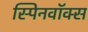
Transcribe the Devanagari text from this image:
स्पिनवॉक्स